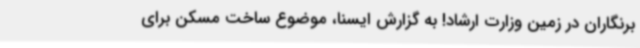
برنگاران در زمین وزارت ارشاد! به گزارش ایسنا، موضوع ساخت مسکن برای